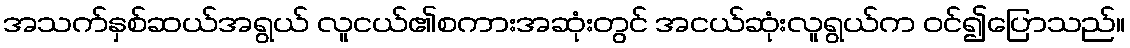
အသက်နှစ်ဆယ်အရွယ် လူငယ်၏စကားအဆုံးတွင် အငယ်ဆုံးလူရွယ်က ဝင်၍ပြောသည်။